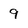
Character: 9